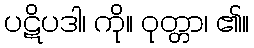
ပဋိပဒါ၊ ကို။ ဝုတ္တာ၊ ၏။